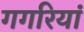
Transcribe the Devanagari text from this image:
गगरियां